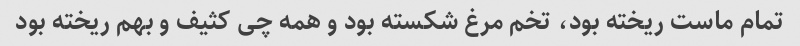
تمام ماست ریخته بود، تخم مرغ شکسته بود و همه چی کثیف و بهم ریخته بود